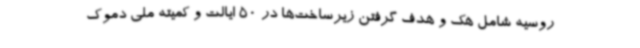
روسیه شامل هک و هدف گرفتن زیرساخت‌ها در 50 ایالت و کمیته ملی دموک